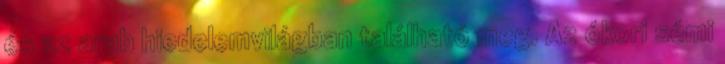
és az arab hiedelemvilágban található meg. Az ókori sémi